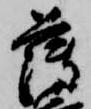
薄